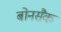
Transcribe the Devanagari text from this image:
बोनसैक